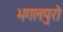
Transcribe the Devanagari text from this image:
भगलपुरो